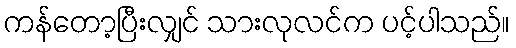
ကန်တော့ပြီးလျှင် သားလုလင်က ပင့်ပါသည်။